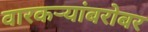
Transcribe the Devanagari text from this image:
वारकर्‍यांबरोबर